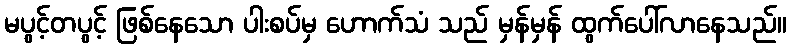
မပွင့်တပွင့် ဖြစ်နေသော ပါးစပ်မှ ဟောက်သံ သည် မှန်မှန် ထွက်ပေါ်လာနေသည်။